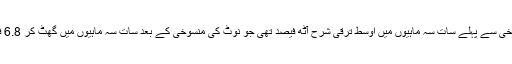
نوٹ کی منسوخی سے پہلے سات سہ ماہیوں میں اوسط ترقی شرح آٹھ فیصد تھی جو نوٹ کی منسوخی کے بعد سات سہ ماہیوں میں گھٹ کر 6.8 فیصد رہ گئی"۔